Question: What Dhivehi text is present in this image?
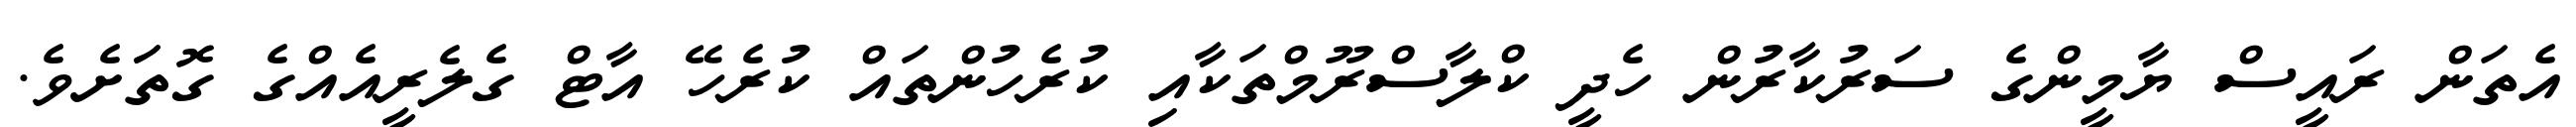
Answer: އެތަން ރައީސް ޔާމީންގެ ސަރުކާރުން ހެދީ ކްލާސްރޫމްތަކާއި ކުރެހުންތައް ކުރެހޭ އާޓް ގެލެރީއެއްގެ ގޮތަަށެވެ.